Vaccine operations Central Provinces 1900-1911 - 1900-1911
Year: 1900
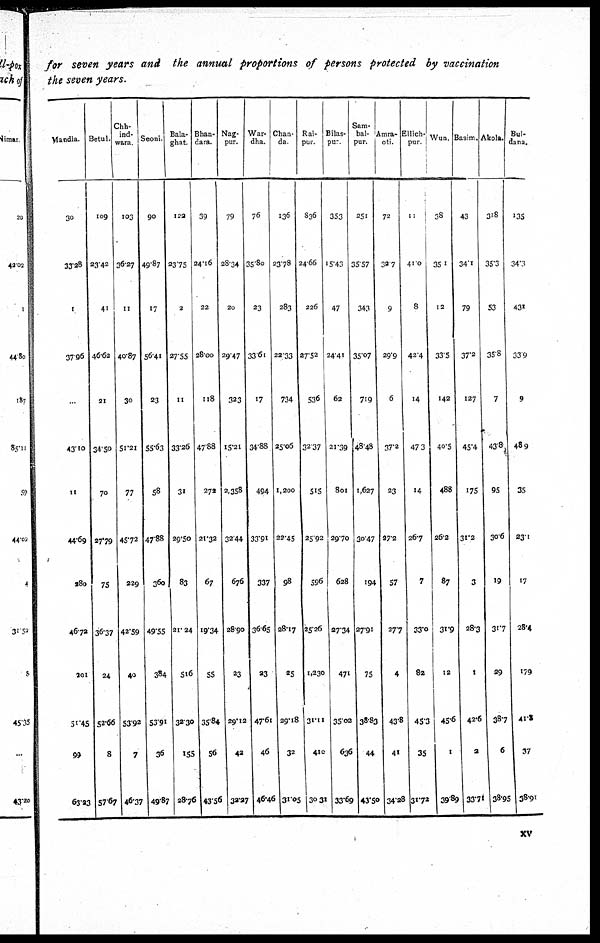
for seven years and the annual proportions of persons protected by vaccination
the seven years.
Mandla.
30
33.28
1
37.16
...
43.10
11
44.69
180
46.72
201
51.45
99
63.23
Betul.
109
23.42
41
46.62
21
34.50
70
27.79
75
36.37
24
52.66
8
57.67
Chh¬
ind¬
wara.
103
36.27
11
40.87
30
51.21
77
45.72
229
42.59
40
53.92
7
46.37
Seoni.
90
49.87
17
56.41
23
55.63
58
47.88
360
49.55
384
53.91
36
49.87
Bala.
ghat.
122
23.75
2
27.55
11
33.26
31
29.50
83
21.24
516
32.30
155
28.76
Bhan-
dara.
39
24.16
22
28.00
118
47.88
272
21.32
67
19.34
55
35.84
56
43.56
Nag-
pur.
79
28.34
20
29.47
323
15.21
3,358
32.44
676
28.90
23
29.12
42
32.27
War¬
dha.
76
35.80
23
33.61
17
34.88
494
33.91
337
36.65
23
47.61
46
46.46
Chan-
da.
136
23.78
283
22.33
734
25.06
1,200
22.45
98
28.17
25
29.18
32
31.05
Rai-
pur.
836
24.66
226
27.52
536
32.37
515
25.92
596
25.26
1,230
31.11
410
30.31
Bilas¬
pur
353
15.43
47
24.41
62
21.39
801
29.70
628
27.34
471
35.02
636
33.69
Sam.
bal¬
pur.
251
35.57
343
35.07
719
48.48
1,627
30.47
194
27.91
75
38.83
44
43.50
Amra¬
oti.
72
32.7
9
29.9
6
37.2
23
272
57
27.7
4
43.8
41
34.28
Ellich-
pur
11
41.0
8
42.4
14
47.3
14
26.7
7
33.0
82
45.3
35
31.72
Wun.
38
35.1
12
33.5
142
40.5
488
26.2
87
31.9
12
45.6
1
3989
Basim.
43
34.1
79
37.2
127
45.4
175
31.2
3
28.3
1
42.6
3
33.71
Akola.
318
35.3
53
35.8
7
43.8
95
30.6
19
31.7
29
38.7
6
38.95
Bul-
dana.
135
34.3
431
33.9
9
48.9
35
23.1
17
28.4
179
41.2
37
38.91
xv